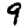
Digit: 9